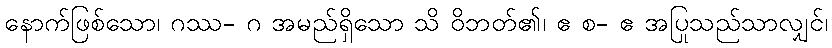
နောက်ဖြစ်သော၊ ဂဿ- ဂ အမည်ရှိသော သိ ဝိဘတ်၏၊ ဧ စ- ဧ အပြုသည်သာလျှင်၊